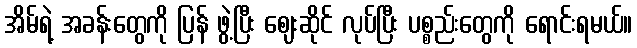
အိမ်ရဲ့ အခန်းတွေကို ပြန် ဖွဲ့ပြီး ဈေးဆိုင် လုပ်ပြီး ပစ္စည်းတွေကို ရောင်းရမယ်။